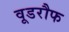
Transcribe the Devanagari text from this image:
वूडरौफ